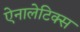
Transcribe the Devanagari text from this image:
ऐनालेटिक्स